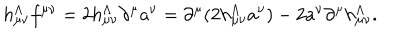
LaTeX: h _ { \mu \nu } ^ { \Lambda } f { } ^ { \mu \nu } = 2 h _ { \mu \nu } ^ { \Lambda } \partial ^ { \mu } a ^ { \nu } = \partial ^ { \mu } ( 2 h _ { \mu \nu } ^ { \Lambda } a ^ { \nu } ) - 2 a ^ { \nu } \partial ^ { \mu } h _ { \mu \nu } ^ { \Lambda } .